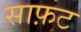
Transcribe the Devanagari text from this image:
साफ़ट